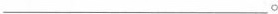
___。